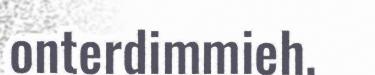
onterdimmieh,